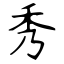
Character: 秀